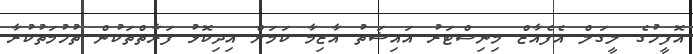
އޮފީހުގެ ލީގަލް އެފެއާޒް މިނިސްޓަރު އައިޝަތު އާޒިމާ ކަމަށް އިިދިކޮޅު ފަރާތްތަކުން ތުހުމަތުކުރާ